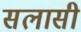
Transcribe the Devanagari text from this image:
सलासी